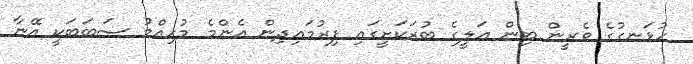
ހުޅަނގުގެ ވެރީން ބިން ޢަލީގެ ބުރަކަށީގައި ފިރުމައިދިން އެންމެ މުހިއްމު ސަބަބަކީ އޭނާ